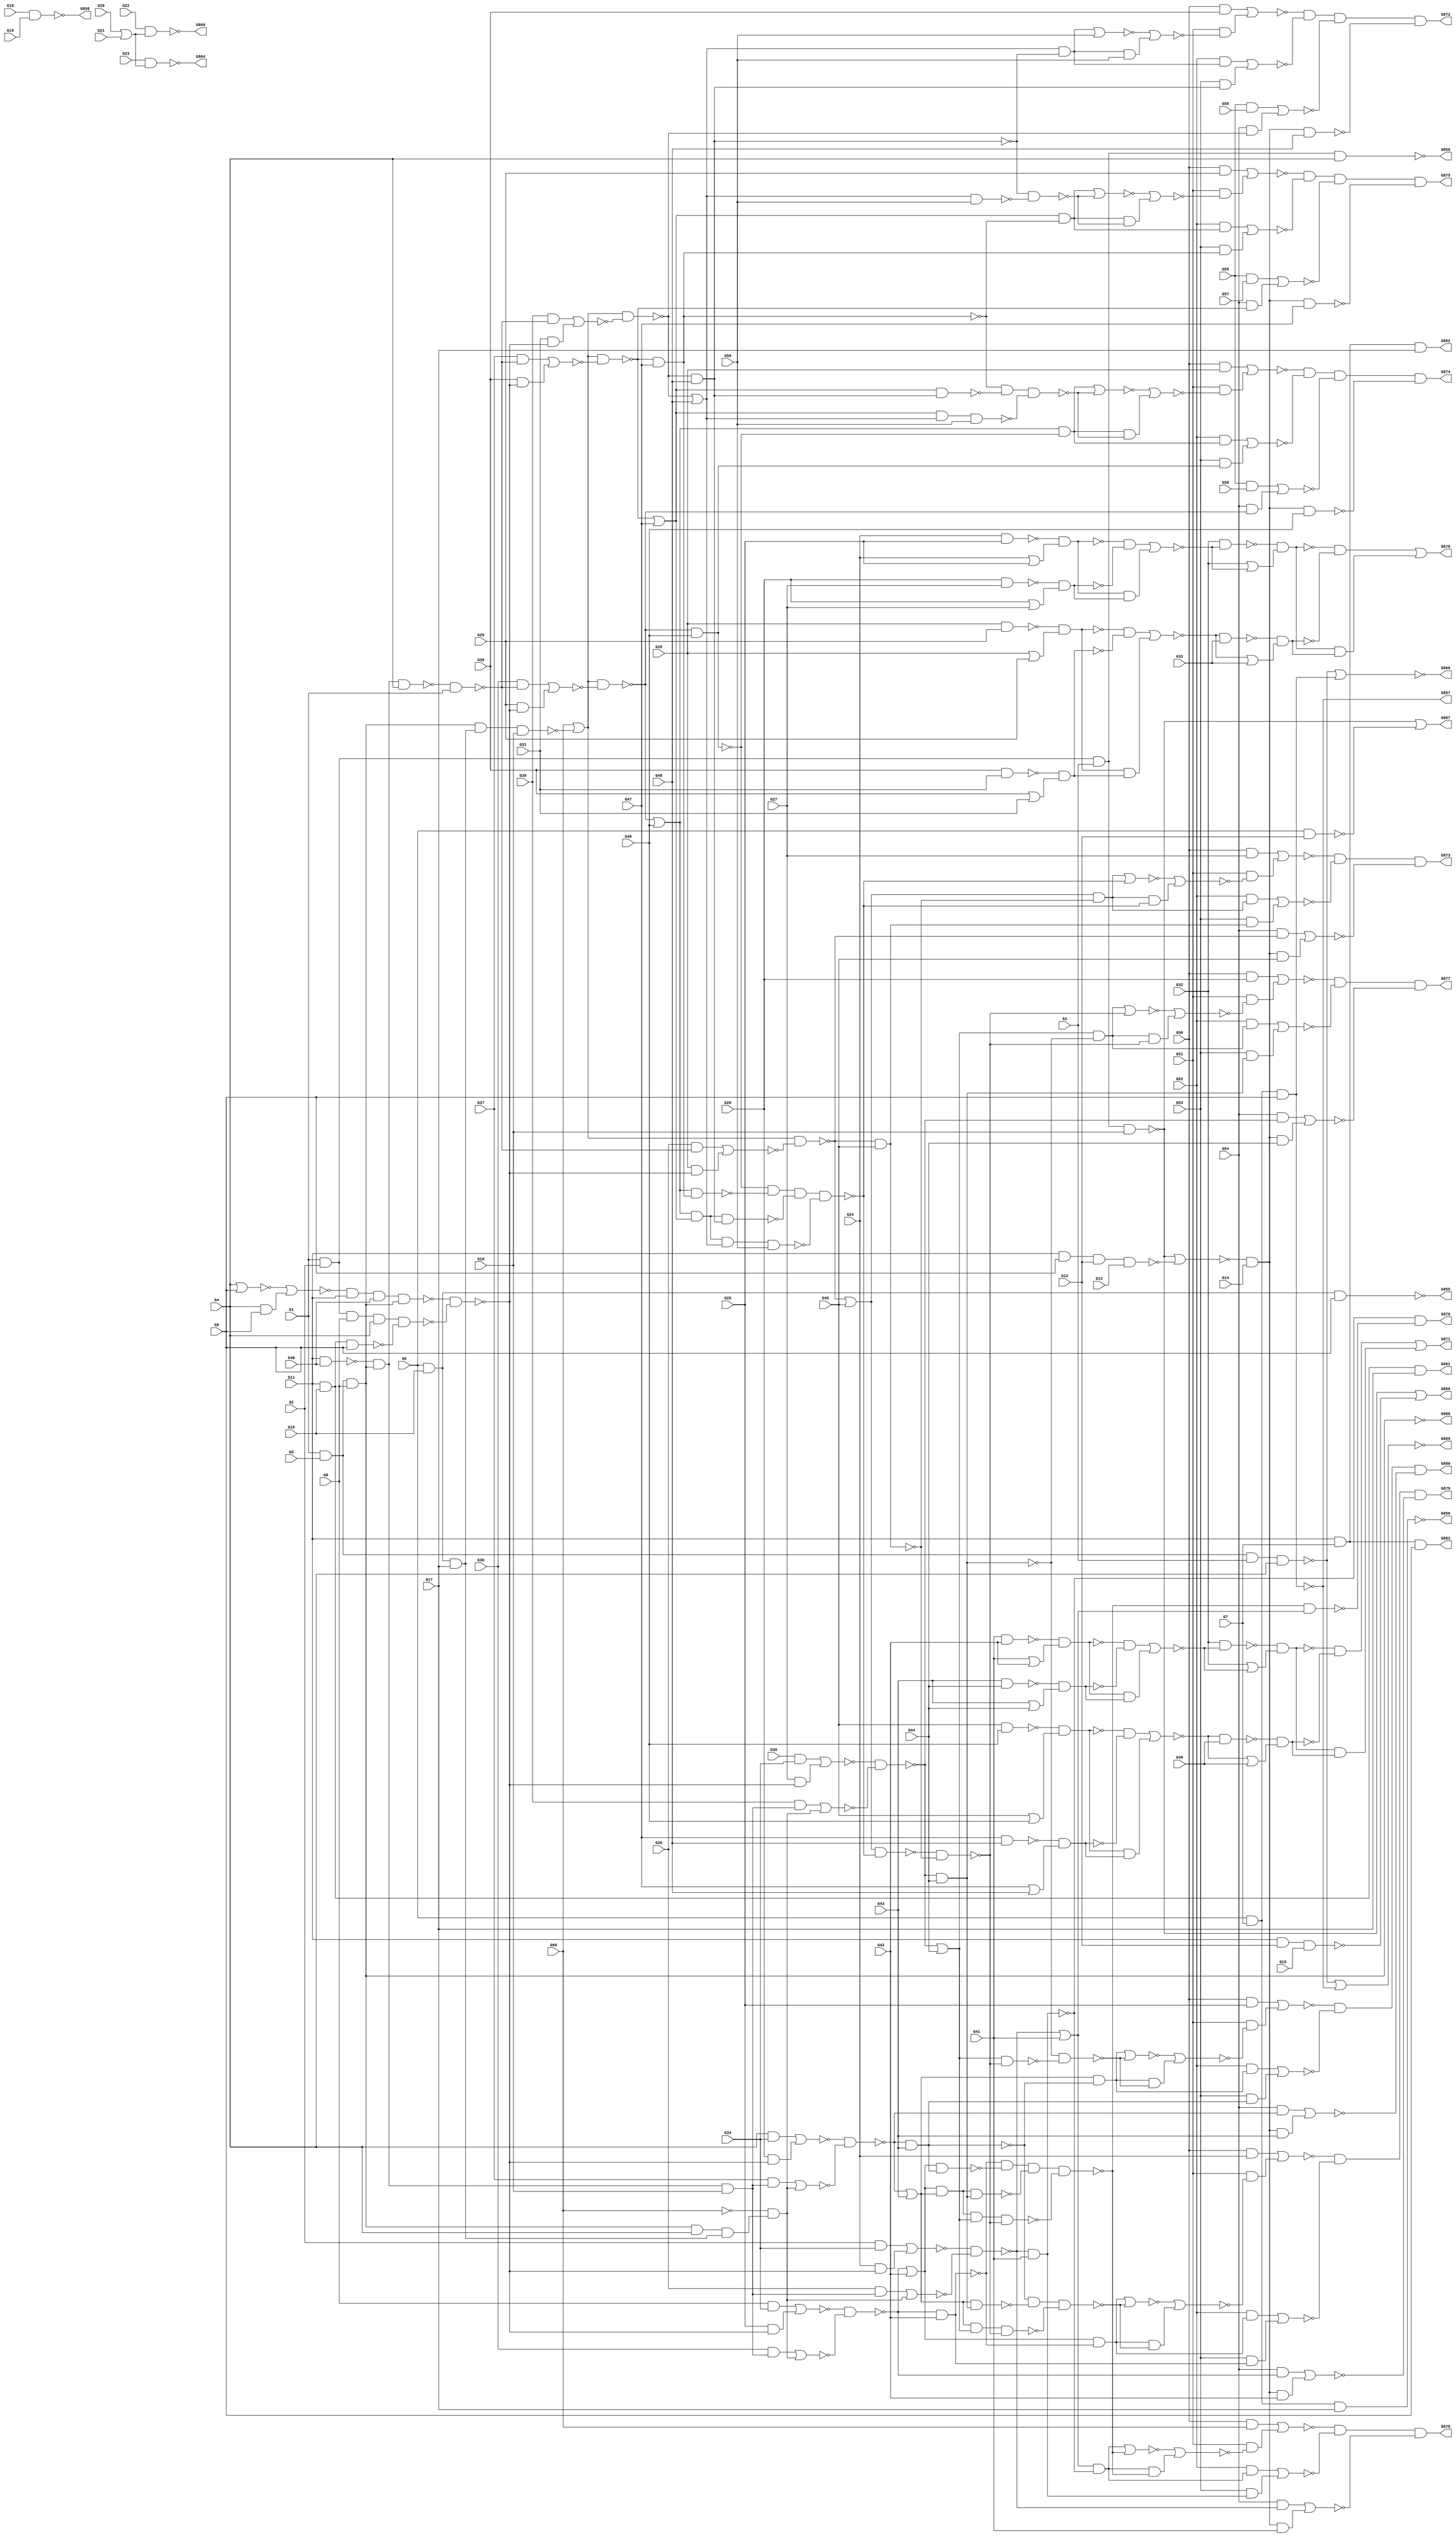
module c880(G1,G10,G11,G12,G13,G14,G15,G16,G17,G18,G19,G2,G20,G21,G22,G23,
  G24,G25,G26,G27,G28,G29,G3,G30,G31,G32,G33,G34,G35,G36,G37,G38,G39,G4,G40,
  G41,G42,G43,G44,G45,G46,G47,G48,G49,G5,G50,G51,G52,G53,G54,G55,G56,G57,G58,
  G59,G6,G60,G7,G8,G855,G856,G857,G858,G859,G860,G861,G862,G863,G864,G865,G866,
  G867,G868,G869,G870,G871,G872,G873,G874,G875,G876,G877,G878,G879,G880,G9);
input G1,G2,G3,G4,G5,G6,G7,G8,G9,G10,G11,G12,G13,G14,G15,G16,G17,G18,G19,G20,
  G21,G22,G23,G24,G25,G26,G27,G28,G29,G30,G31,G32,G33,G34,G35,G36,G37,G38,G39,
  G40,G41,G42,G43,G44,G45,G46,G47,G48,G49,G50,G51,G52,G53,G54,G55,G56,G57,G58,
  G59,G60;
output G855,G856,G857,G858,G859,G860,G861,G862,G863,G864,G865,G866,G867,G868,
  G869,G870,G871,G872,G873,G874,G875,G876,G877,G878,G879,G880;

  wire G269,G270,G273,G276,G279,G280,G284,G285,G286,G287,G290,G291,G292,G293,
    G294,G295,G296,G297,G298,G301,G302,G303,G304,G305,G306,G307,G308,G309,G310,
    G316,G317,G318,G319,G322,G323,G324,G325,G326,G327,G328,G329,G330,G331,G332,
    G333,G334,G335,G336,G337,G338,G339,G340,G341,G342,G343,G344,G345,G346,G347,
    G348,G349,G350,G351,G352,G353,G354,G355,G356,G357,G360,G363,G366,G369,G375,
    G376,G379,G382,G385,G388,G389,G395,G396,G397,G398,G399,G400,G401,G402,G403,
    G404,G405,G406,G407,G408,G409,G410,G411,G412,G413,G414,G415,G416,G417,G422,
    G427,G432,G433,G434,G435,G436,G445,G448,G451,G460,G461,G462,G463,G464,G465,
    G466,G467,G468,G473,G474,G475,G476,G477,G480,G483,G484,G485,G486,G487,G488,
    G489,G490,G491,G492,G493,G494,G495,G496,G497,G498,G499,G500,G501,G502,G503,
    G504,G505,G506,G507,G508,G509,G510,G511,G512,G513,G514,G515,G518,G521,G522,
    G523,G524,G525,G526,G527,G528,G529,G532,G535,G536,G537,G538,G542,G546,G550,
    G554,G558,G562,G566,G570,G571,G572,G573,G574,G575,G578,G581,G582,G585,G590,
    G591,G594,G600,G601,G604,G609,G610,G613,G616,G617,G620,G625,G626,G629,G635,
    G636,G639,G644,G645,G646,G647,G650,G654,G655,G658,G662,G663,G667,G671,G672,
    G677,G681,G682,G685,G689,G690,G693,G697,G698,G702,G706,G707,G712,G716,G717,
    G718,G719,G720,G721,G722,G723,G724,G725,G726,G727,G728,G729,G730,G731,G732,
    G733,G734,G735,G736,G737,G738,G739,G740,G741,G742,G743,G744,G745,G746,G747,
    G748,G749,G750,G751,G752,G753,G754,G755,G756,G760,G761,G764,G765,G768,G769,
    G770,G771,G772,G773,G774,G775,G776,G777,G778,G779,G785,G786,G787,G788,G789,
    G790,G791,G792,G793,G794,G795,G796,G797,G798,G802,G805,G808,G809,G810,G811,
    G812,G813,G814,G815,G816,G817,G818,G819,G820,G821,G822,G823,G824,G825,G826,
    G827,G828,G829,G830,G831,G832,G833,G834,G835,G836,G837,G838,G839,G840,G841,
    G842,G843,G844,G845,G846,G847,G848,G849,G850,G851,G852,G853,G854;

  nand (G269,G1,G2,G3,G4);
  nand (G270,G1,G5,G3,G4);
  and (G273,G6,G7,G8);
  and (G276,G1,G5,G9);
  nand (G279,G1,G2,G9,G4);
  nand (G280,G1,G2,G3,G10);
  nand (G284,G11,G8,G12,G13);
  nand (G285,G6,G12);
  nand (G286,G11,G12,G15);
  and (G287,G6,G16,G17);
  and (G290,G6,G16,G8);
  and (G291,G6,G7,G17);
  and (G292,G6,G7,G8);
  and (G293,G11,G16,G17);
  and (G294,G11,G16,G8);
  and (G295,G11,G7,G17);
  and (G296,G11,G7,G8);
  and (G297,G18,G19);
  or (G298,G20,G21);
  nand (G301,G24,G25);
  or (G302,G24,G25);
  nand (G303,G26,G27);
  or (G304,G26,G27);
  nand (G305,G28,G29);
  or (G306,G28,G29);
  nand (G307,G30,G31);
  or (G308,G30,G31);
  and (G309,G2,G34);
  not (G310,G60);
  and (G316,G9,G34);
  and (G317,G4,G34);
  and (G318,G38,G34);
  nand (G319,G11,G40);
  nor (G322,G4,G8);
  and (G323,G4,G8);
  nand (G324,G41,G42);
  or (G325,G41,G42);
  nand (G326,G43,G44);
  or (G327,G43,G44);
  nand (G328,G45,G46);
  or (G329,G45,G46);
  nand (G330,G47,G48);
  or (G331,G47,G48);
  and (G332,G50,G24);
  and (G333,G50,G25);
  and (G334,G50,G26);
  and (G335,G50,G27);
  and (G336,G50,G28);
  and (G337,G55,G56);
  and (G338,G50,G29);
  and (G339,G55,G57);
  and (G340,G50,G30);
  and (G341,G55,G59);
  not (G342,G269);
  not (G343,G273);
  or (G344,G270,G273);
  not (G345,G276);
  not (G346,G276);
  not (G347,G279);
  nor (G348,G280,G284);
  or (G349,G280,G285);
  or (G350,G280,G286);
  not (G351,G293);
  not (G352,G294);
  not (G353,G295);
  not (G354,G296);
  nand (G355,G22,G298);
  and (G356,G23,G298);
  nand (G357,G301,G302);
  nand (G360,G303,G304);
  nand (G363,G305,G306);
  nand (G366,G307,G308);
  not (G369,G310);
  nor (G375,G322,G323);
  nand (G376,G324,G325);
  nand (G379,G326,G327);
  nand (G382,G328,G329);
  nand (G385,G330,G331);
  or (G388,G270,G343);
  not (G389,G345);
  not (G395,G346);
  and (G396,G348,G14);
  not (G397,G349);
  not (G398,G350);
  not (G399,G355);
  not (G400,G357);
  not (G401,G360);
  and (G402,G357,G360);
  not (G403,G363);
  not (G404,G366);
  and (G405,G363,G366);
  nand (G406,G347,G352);
  not (G407,G376);
  not (G408,G379);
  and (G409,G376,G379);
  not (G410,G382);
  not (G411,G385);
  and (G412,G382,G385);
  and (G413,G50,G369);
  not (G414,G396);
  and (G415,G400,G401);
  and (G416,G403,G404);
  and (G417,G319,G389,G10);
  and (G422,G389,G4,G287);
  nand (G427,G389,G287,G10);
  nand (G432,G375,G11,G40,G389);
  nand (G433,G389,G319,G4);
  and (G434,G407,G408);
  and (G435,G410,G411);
  not (G436,G414);
  nor (G445,G402,G415);
  nor (G448,G405,G416);
  nand (G451,G432,G406);
  and (G460,G35,G417);
  and (G461,G310,G422);
  and (G462,G36,G417);
  and (G463,G310,G422);
  and (G464,G37,G417);
  and (G465,G310,G422);
  and (G466,G39,G417);
  and (G467,G310,G422);
  nand (G468,G433,G1);
  or (G473,G369,G427);
  or (G474,G369,G427);
  or (G475,G369,G427);
  or (G476,G369,G427);
  nor (G477,G409,G434);
  nor (G480,G412,G435);
  nand (G483,G32,G445);
  or (G484,G32,G445);
  nand (G485,G448,G33);
  or (G486,G448,G33);
  and (G487,G24,G451);
  nor (G488,G460,G461);
  and (G489,G25,G451);
  nor (G490,G462,G463);
  and (G491,G26,G451);
  nor (G492,G464,G465);
  and (G493,G27,G451);
  nor (G494,G466,G467);
  and (G495,G35,G468);
  and (G496,G28,G451);
  and (G497,G36,G468);
  and (G498,G29,G451);
  and (G499,G37,G468);
  and (G500,G30,G451);
  and (G501,G39,G468);
  and (G502,G31,G451);
  nand (G503,G32,G477);
  or (G504,G32,G477);
  nand (G505,G480,G49);
  or (G506,G480,G49);
  and (G507,G436,G41);
  and (G508,G436,G42);
  and (G509,G436,G43);
  and (G510,G436,G44);
  and (G511,G436,G45);
  nand (G512,G436,G46);
  nand (G513,G436,G47);
  nand (G514,G436,G48);
  nand (G515,G483,G484);
  nand (G518,G485,G486);
  nor (G521,G309,G487);
  nor (G522,G316,G489);
  nor (G523,G317,G491);
  nor (G524,G318,G493);
  nor (G525,G495,G496);
  nor (G526,G497,G498);
  nor (G527,G499,G500);
  nor (G528,G501,G502);
  nand (G529,G503,G504);
  nand (G532,G505,G506);
  not (G535,G515);
  not (G536,G518);
  and (G537,G515,G518);
  nand (G538,G521,G488);
  nand (G542,G522,G490);
  nand (G546,G523,G492);
  nand (G550,G524,G494);
  nand (G554,G473,G525);
  nand (G558,G474,G526);
  nand (G562,G475,G527);
  nand (G566,G476,G528);
  not (G570,G529);
  not (G571,G532);
  and (G572,G529,G532);
  and (G573,G535,G536);
  and (G574,G570,G571);
  nand (G575,G538,G41);
  or (G578,G538,G41);
  and (G581,G54,G538);
  nand (G582,G542,G42);
  or (G585,G542,G42);
  and (G590,G54,G542);
  nand (G591,G546,G43);
  or (G594,G546,G43);
  and (G600,G54,G546);
  nand (G601,G550,G44);
  or (G604,G550,G44);
  and (G609,G54,G550);
  nand (G610,G554,G45);
  or (G613,G554,G45);
  and (G616,G54,G554);
  nand (G617,G558,G46);
  or (G620,G558,G46);
  and (G625,G54,G558);
  nand (G626,G562,G47);
  or (G629,G562,G47);
  and (G635,G54,G562);
  nand (G636,G566,G48);
  or (G639,G566,G48);
  and (G644,G54,G566);
  nor (G645,G537,G573);
  nor (G646,G572,G574);
  not (G647,G575);
  and (G650,G578,G575);
  nor (G654,G581,G507);
  not (G655,G582);
  and (G658,G585,G582);
  nor (G662,G590,G508);
  not (G663,G591);
  and (G667,G594,G591);
  nor (G671,G600,G509);
  not (G672,G601);
  and (G677,G604,G601);
  nor (G681,G609,G510);
  not (G682,G610);
  and (G685,G613,G610);
  nor (G689,G616,G511);
  not (G690,G617);
  and (G693,G620,G617);
  nor (G697,G337,G625);
  not (G698,G626);
  and (G702,G629,G626);
  nor (G706,G339,G635);
  not (G707,G636);
  and (G712,G639,G636);
  nor (G716,G341,G644);
  nand (G717,G639,G58);
  nand (G718,G629,G639,G58);
  nand (G719,G620,G629,G639,G58);
  not (G720,G647);
  and (G721,G52,G650);
  and (G722,G53,G647);
  not (G723,G655);
  and (G724,G52,G658);
  and (G725,G53,G655);
  not (G726,G663);
  and (G727,G52,G667);
  and (G728,G53,G663);
  not (G729,G672);
  and (G730,G52,G677);
  and (G731,G53,G672);
  not (G732,G682);
  and (G733,G52,G685);
  and (G734,G53,G682);
  not (G735,G690);
  and (G736,G52,G693);
  and (G737,G53,G690);
  not (G738,G698);
  and (G739,G52,G702);
  and (G740,G53,G698);
  not (G741,G707);
  nor (G742,G712,G58);
  and (G743,G712,G58);
  and (G744,G52,G712);
  and (G745,G53,G707);
  nand (G746,G629,G707);
  nand (G747,G620,G698);
  nand (G748,G620,G629,G707);
  nand (G749,G594,G672);
  nand (G750,G585,G663);
  nand (G751,G585,G594,G672);
  nor (G752,G721,G722);
  nor (G753,G724,G725);
  nor (G754,G727,G728);
  nor (G755,G730,G731);
  nand (G756,G735,G747,G748,G719);
  nor (G760,G733,G734);
  nand (G761,G738,G746,G718);
  nor (G764,G736,G737);
  nand (G765,G741,G717);
  nor (G768,G739,G740);
  nor (G769,G742,G743);
  nor (G770,G744,G745);
  nor (G771,G685,G756);
  and (G772,G685,G756);
  nor (G773,G693,G761);
  and (G774,G693,G761);
  nor (G775,G702,G765);
  and (G776,G702,G765);
  and (G777,G51,G769);
  nand (G778,G613,G756);
  nand (G779,G778,G732);
  nor (G785,G771,G772);
  nor (G786,G773,G774);
  nor (G787,G775,G776);
  nor (G788,G340,G777);
  nor (G789,G677,G779);
  and (G790,G677,G779);
  and (G791,G51,G785);
  and (G792,G51,G786);
  and (G793,G51,G787);
  nand (G794,G788,G770,G716,G514);
  nand (G795,G604,G779);
  nand (G796,G594,G604,G779);
  nand (G797,G585,G594,G604,G779);
  nand (G798,G723,G750,G751,G797);
  nand (G802,G726,G749,G796);
  nand (G805,G729,G795);
  nor (G808,G789,G790);
  nor (G809,G335,G791);
  nor (G810,G336,G792);
  nor (G811,G338,G793);
  not (G812,G794);
  nor (G813,G650,G798);
  and (G814,G650,G798);
  nor (G815,G658,G802);
  and (G816,G658,G802);
  nor (G817,G667,G805);
  and (G818,G667,G805);
  and (G819,G51,G808);
  nand (G820,G809,G760,G689);
  nand (G821,G810,G764,G697,G512);
  nand (G822,G811,G768,G706,G513);
  not (G823,G812);
  nand (G824,G798,G578);
  nor (G825,G813,G814);
  nor (G826,G815,G816);
  nor (G827,G817,G818);
  nor (G828,G334,G819);
  not (G829,G820);
  not (G830,G821);
  not (G831,G822);
  and (G832,G720,G824);
  and (G833,G51,G825);
  and (G834,G51,G826);
  and (G835,G51,G827);
  nand (G836,G828,G755,G681);
  not (G837,G829);
  not (G838,G830);
  not (G839,G831);
  not (G840,G832);
  nor (G841,G413,G833);
  nor (G842,G332,G834);
  nor (G843,G333,G835);
  not (G844,G836);
  nand (G845,G841,G752,G654);
  nand (G846,G842,G753,G662);
  nand (G847,G843,G754,G671);
  not (G848,G844);
  not (G849,G845);
  not (G850,G846);
  not (G851,G847);
  not (G852,G849);
  not (G853,G850);
  not (G854,G851);
  not (G855,G290);
  not (G856,G291);
  not (G857,G292);
  not (G858,G297);
  not (G859,G342);
  not (G860,G344);
  not (G861,G351);
  not (G862,G353);
  not (G863,G354);
  not (G864,G356);
  not (G865,G388);
  not (G866,G395);
  not (G867,G397);
  not (G868,G398);
  not (G869,G399);
  not (G870,G645);
  not (G871,G646);
  not (G872,G823);
  not (G873,G837);
  not (G874,G838);
  not (G875,G839);
  not (G876,G840);
  not (G877,G848);
  not (G878,G852);
  not (G879,G853);
  not (G880,G854);

endmodule